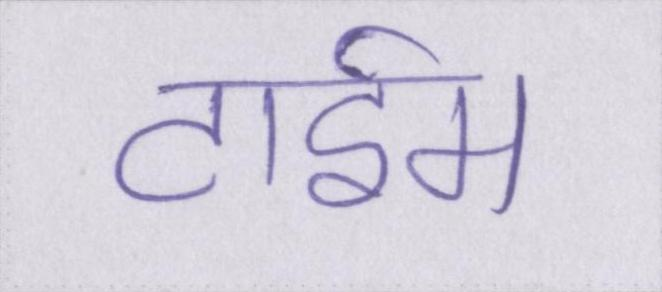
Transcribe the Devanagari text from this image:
टाईम